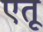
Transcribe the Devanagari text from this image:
एतू